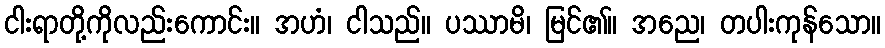
ငါးရာတို့ကိုလည်းကောင်း။ အဟံ၊ ငါသည်။ ပဿာမိ၊ မြင်၏။ အညေ၊ တပါးကုန်သော။